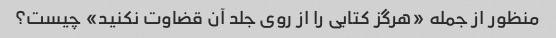
منظور از جمله «هرگز کتابی را از روی جلد آن قضاوت نکنید» چیست؟